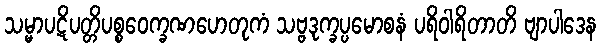
သမ္မာပဋိပတ္တိပစ္စဝေက္ခဏဟေတုကံ သဗ္ဗဒုက္ခပ္ပမောစနံ ပရိဝါရိတာတိ ဗျာပါဒေန